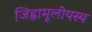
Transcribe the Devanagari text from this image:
जिह्वामूलीयस्य